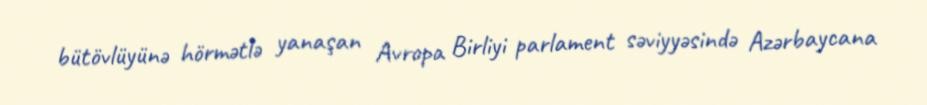
bütövlüyünə hörmətlə yanaşan Avropa Birliyi parlament səviyyəsində Azərbaycana